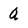
Character: Q